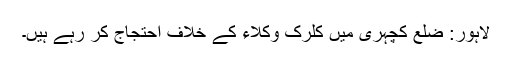
لاہور: ضلع کچہری میں کلرک وکلاء کے خلاف احتجاج کر رہے ہیں۔